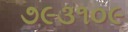
૭૯૩૧૦૯